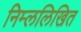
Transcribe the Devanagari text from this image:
निम्ललिखित